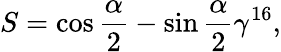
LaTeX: S=\cos\frac{\alpha}{2}-\sin\frac{\alpha}{2}\gamma^{16},